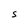
Character: S